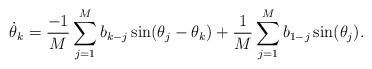
\begin{align*}\dot\theta_k = \frac{-1}M \sum_{j=1}^M b_{k-j} \sin(\theta_j-\theta_k)+\frac{1}M \sum_{j=1}^M b_{1-j} \sin(\theta_j).\end{align*}